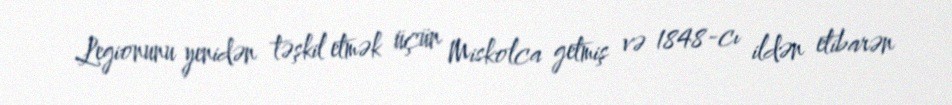
Legionunu yenidən təşkil etmək üçün Miskolca getmiş və 1848-cı ildən etibarən